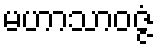
မဟာသာဝဇ္ဇံ